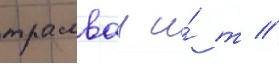
трамваи и́ т //